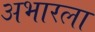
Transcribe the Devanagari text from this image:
अभारला